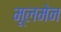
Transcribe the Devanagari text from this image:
मूलमेन